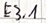
Text: E3.1